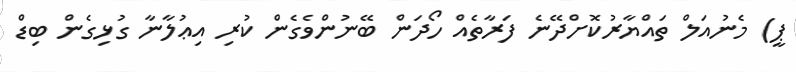
ޕީ) މެނުއަލް ތައްޔާރުކޮށްދޭނެ ފަރާތެއް ހޯދަން ބޭނުންވެގެން ކުރި އިޢުލާނާ ގުޅިގެން ބިޑް